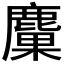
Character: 𪋊